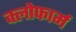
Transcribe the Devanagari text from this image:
क्लोफार्म